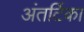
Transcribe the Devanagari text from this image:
अंतर्टिका